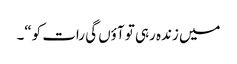
میں زندہ رہی تو آؤں گی رات کو“۔